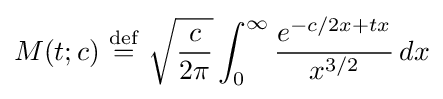
M(t;c)\ {\stackrel {\mathrm {def} }{=}}\ {\sqrt {\frac {c}{2\pi }}}\int _{0}^{\infty }{\frac {e^{-c/2x+tx}}{x^{3/2}}}\,dx